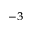
^ { - 3 }